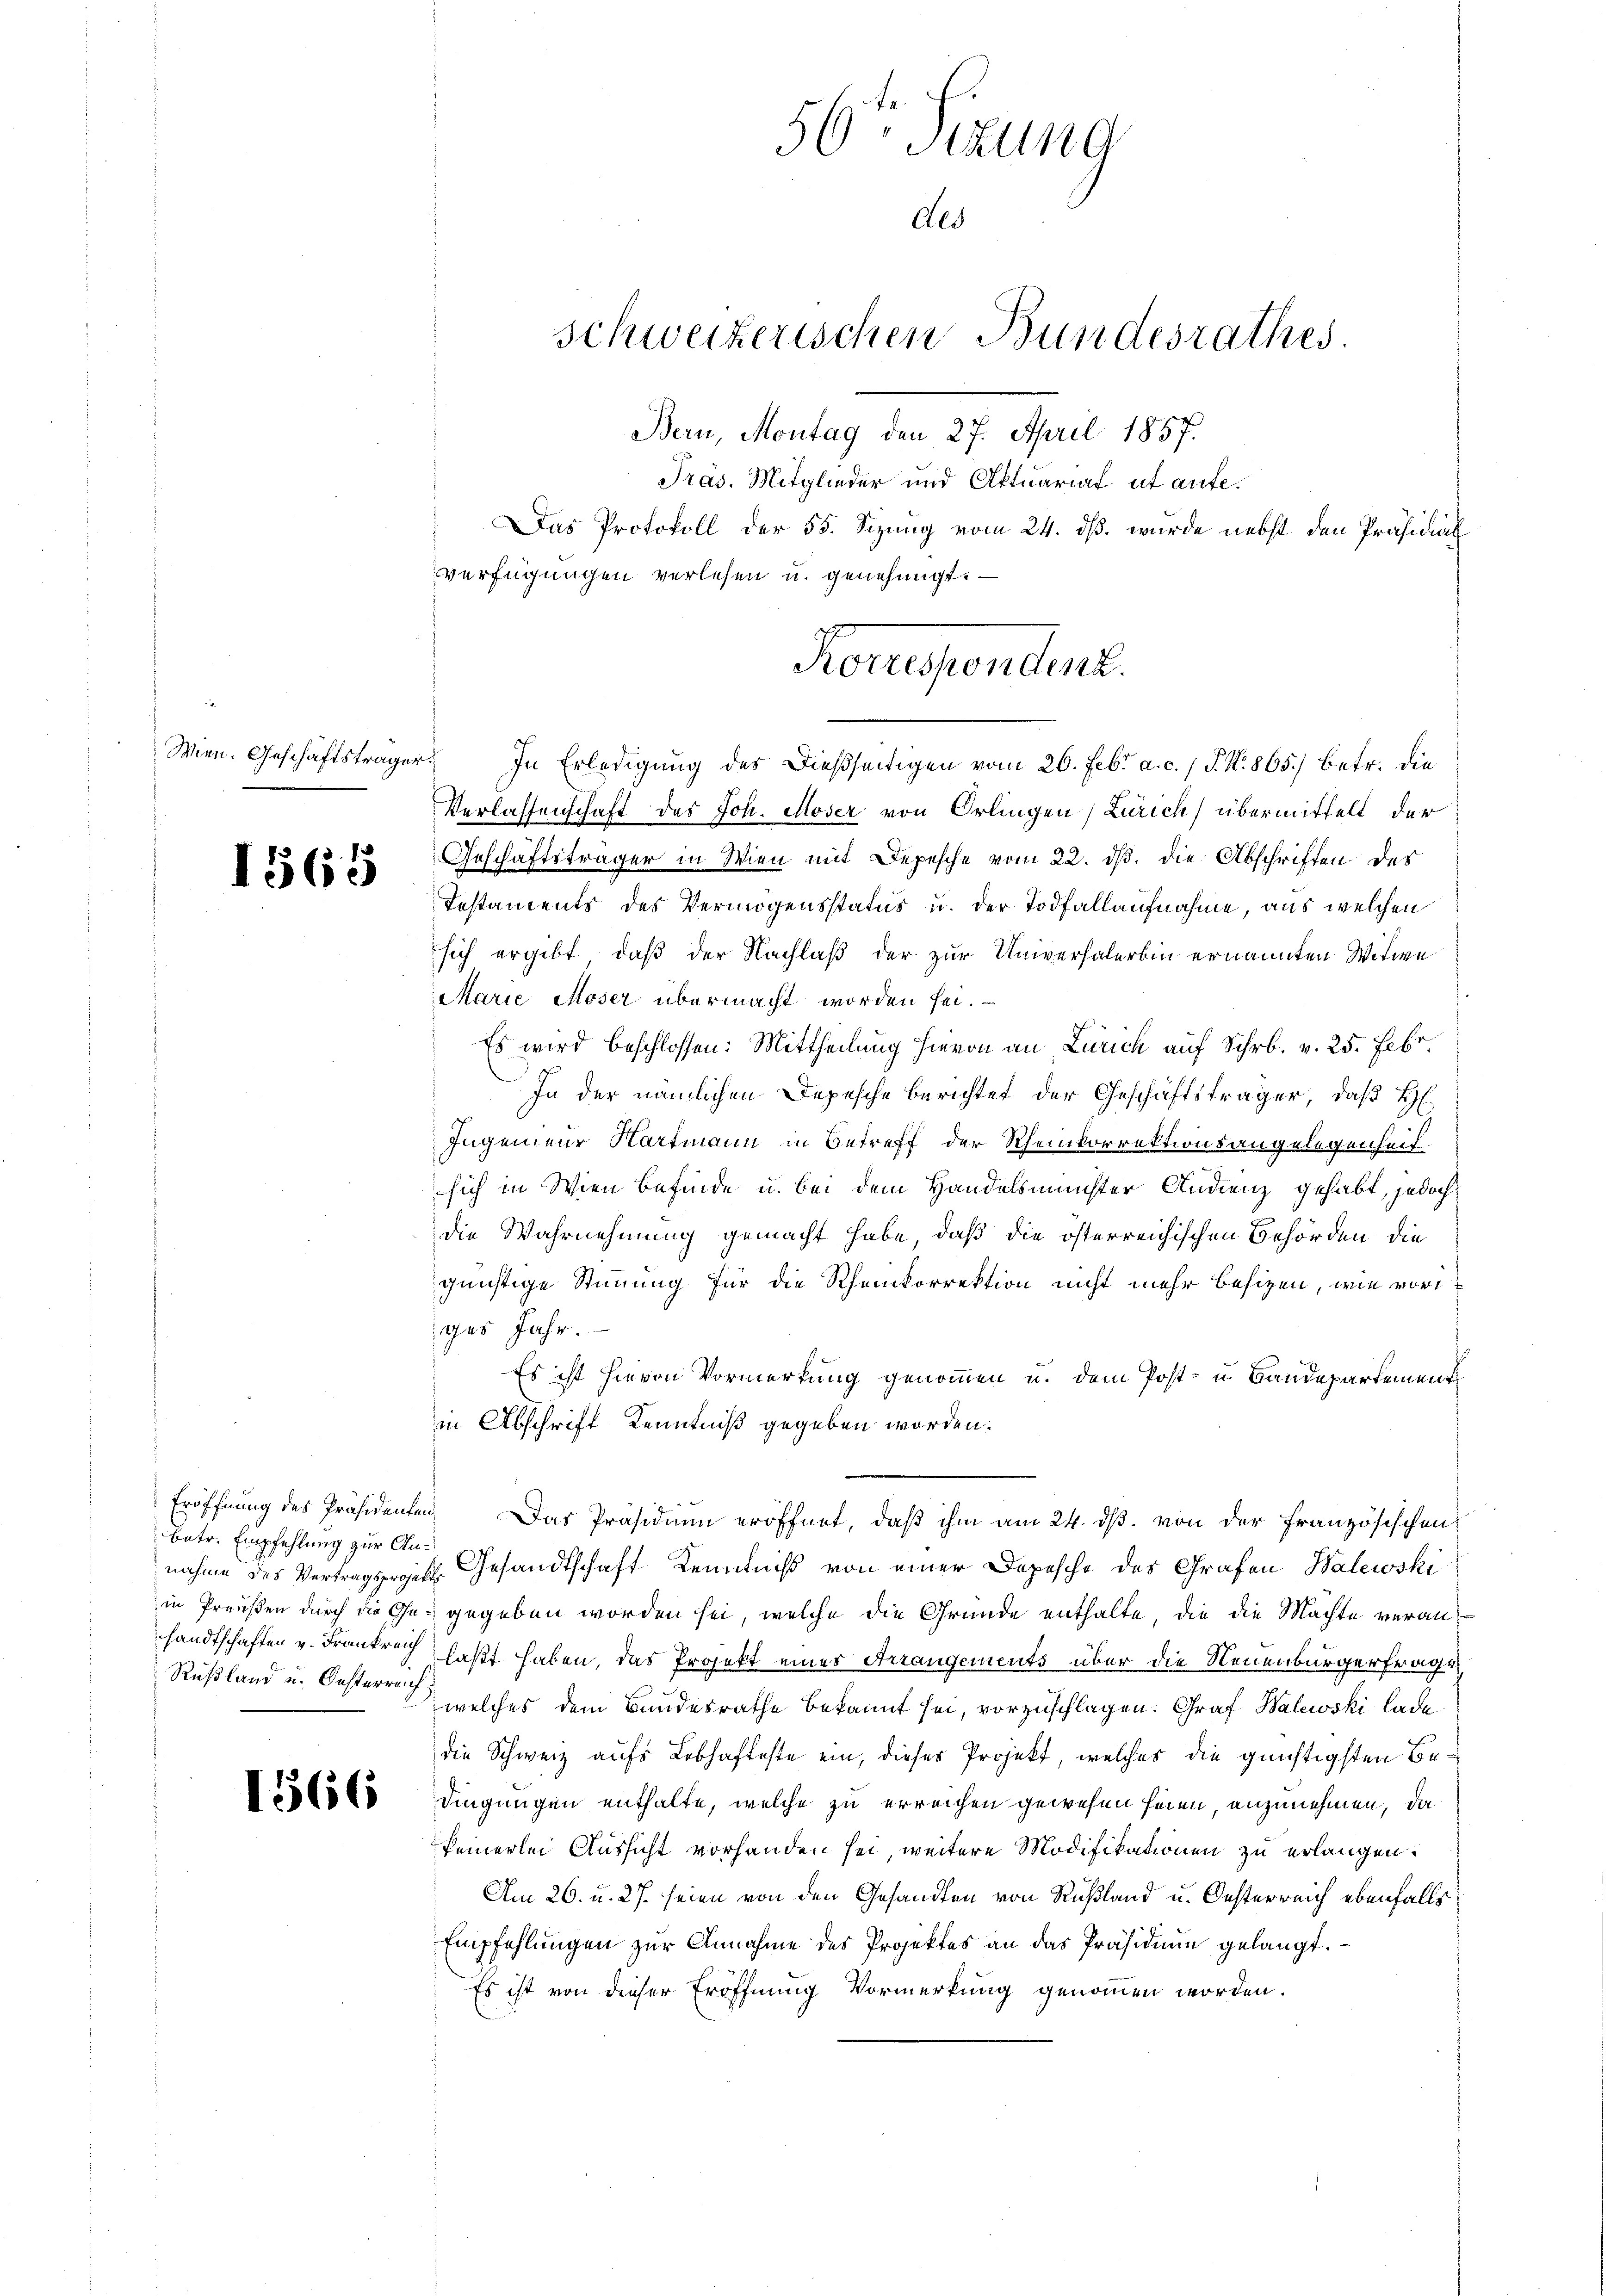
Wien. Geschäftsträger

1565

Betr. Empfehlung zur Ansandtschaften v. Frankreich
Rußland u. Oesterreich;

1566

56Sizung
schweizerischen Bundesrathes.
Bern, Montag den 27. April 1857.

Präs. Mitglieder und Aktuariat ut aufe¬
Das Protokoll der 55. Sizung vom 24. dß. wurde nebst den Präsidial
verfügungen verlesen u. genehmigt. —
In Erledigung des dießseitigen vom 26. Febr. a. c. 1 P. Nr. 865) betr. die
Verlassenschaft des Joh. Moser von Örlingen, Zürich) übermittelt der
Geschäftsträger in Wien mit Depesche vom 22. ds. die Abschriften des
Iestaments des Vermögensstatus u. der Todfallaufnahme, aus welchen
sich ergibt, daß der Nachlaß der zur Universalerbin ernannten Witwe
Marie Moser übermacht worden sei.
Es wird beschlossen: Mittheilung hievon an Zürich auf Schr. v. 25. Febr.
In der nämlichen Depesche berichtet der Geschäftsträger, daß H
Ingenieur Hartmann in Betreff der Rheinkorrektionsangelegenheit.
sich in Wien befinde u. bei dem Handelsmünster Audienz gehabt, jedoch
die Wahrnehmung gemacht habe, daß die österreichischen Behörden die
günstige Stimmung für die Rheinkorrektion nicht mehr besizen, wie voriges Jahr.
Es ist hievon Vormerkung genommen u. dem Post- u Baudepartement
in Abschrift Kenntniß gegeben worden.
Eröffnung des Präsidenten. Das Präsidium eröffnet, daß ihm am 24. ds. von der Französischen
nahme des Vertragszeit. Gesandtschaft Kenntniß von einer Depesche des Grafen Walewski
in Preußen durch die Ge- gegeben worden sei, welche die Gründe enthalte, die die Machte veranlaßt haben, das Projekt eines Arrangements über die Neuenburgerfragen
welches dem Bandesrathe bekannt sei, vorzuschlagen. Graf Balewski lade
die Schweiz aufs Lebhafteste ein, dieses Projekt, welcher die günstigsten Bedingungen enthalte, welche zu erreichen gewesen seien, anzunehmen, da
keinerlei Aussicht vorhanden sei, weitere Modifikationen zu erlangen.
Am 26. u. 27. seien von den Gesandten von Rußland u. Oesterreich ebenfalls
Empfehlungen zur Annahme des Projektes an das Präsidium gelangt.
Es ist von dieser Eröffnung Vormerkung genommen worden.

Als

Konsenden.